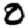
Digit: 0